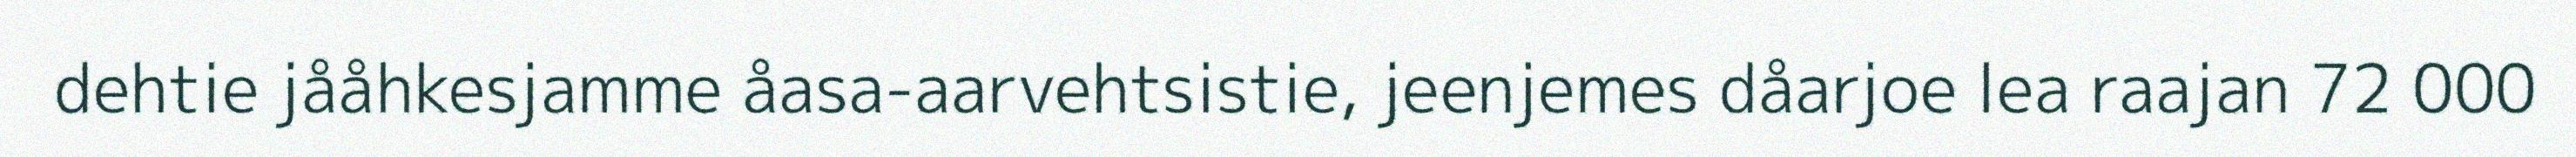
dehtie jååhkesjamme åasa-aarvehtsistie, jeenjemes dåarjoe lea raajan 72 000